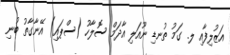
އަޒުލިފާއި ލ. ގަމު ތުނޑި ނޫއަލި އާދަމް ސޮލާހު (ސްޕައި) އޭނާގާތު ބުނި